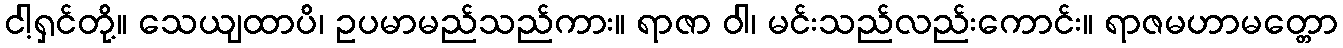
ငါ့ရှင်တို့။ သေယျထာပိ၊ ဥပမာမည်သည်ကား။ ရာဇာ ဝါ၊ မင်းသည်လည်းကောင်း။ ရာဇမဟာမတ္တော